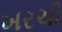
ખરચી